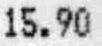
15.90